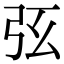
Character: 𢏁